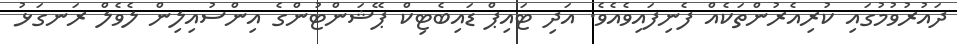
ދައުރުވުމުގައި ކުރިއެރުންތަކެއް ފެނިފައިވެއެވެ. އަދި ޓައިޕް ޑައިބެޓިކް ޕޭޝަންޓުންގެ އިންސުއިލިން ލެވެލް ރަނގަޅު